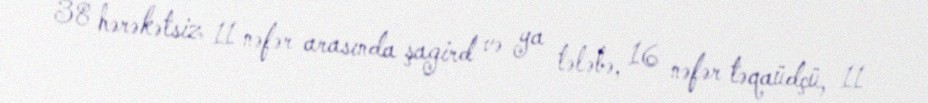
38 hərəkətsiz 11 nəfər arasında şagird və ya tələbə, 16 nəfər təqaüdçü, 11